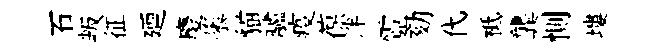
石叛征廼慶隳貓驢疫葆泮霓劾代柢龔惻塿